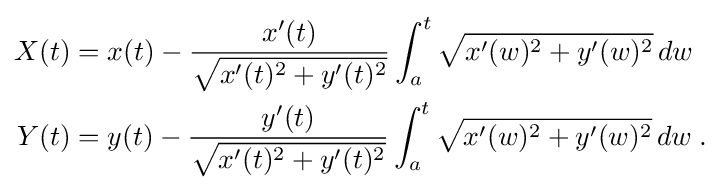
{\begin{aligned}X(t)&=x(t)-{\frac {x'(t)}{\sqrt {x'(t)^{2}+y'(t)^{2}}}}\int _{a}^{t}{\sqrt {x'(w)^{2}+y'(w)^{2}}}\,dw\\Y(t)&=y(t)-{\frac {y'(t)}{\sqrt {x'(t)^{2}+y'(t)^{2}}}}\int _{a}^{t}{\sqrt {x'(w)^{2}+y'(w)^{2}}}\,dw\;.\end{aligned}}